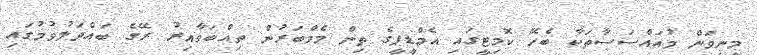
މިނިވަން މުއައްސަސާތަކާ ބެހޭ ކޮމިޓީގައި އެމްޑީޕީގެ ތިން މެމްބަރުން ތިއްބަވާއިރު ރޭގެ ބައްދަލުވުމުގައި